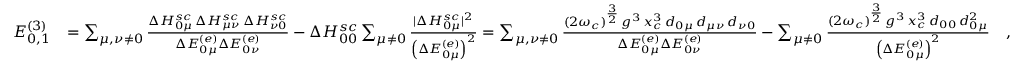
\begin{array} { r l } { E _ { 0 , 1 } ^ { ( 3 ) } } & { = \sum _ { \mu , \nu \neq 0 } \frac { \Delta H _ { 0 \mu } ^ { s c } \, \Delta H _ { \mu \nu } ^ { s c } \, \Delta H _ { \nu 0 } ^ { s c } } { \Delta E _ { 0 \mu } ^ { ( e ) } \Delta E _ { 0 \nu } ^ { ( e ) } } - \Delta H _ { 0 0 } ^ { s c } \sum _ { \mu \neq 0 } \frac { \vert \Delta H _ { 0 \mu } ^ { s c } \vert ^ { 2 } } { \left( \Delta E _ { 0 \mu } ^ { ( e ) } \right) ^ { 2 } } = \sum _ { \mu , \nu \neq 0 } \frac { ( 2 \omega _ { c } ) ^ { \frac { 3 } { 2 } } \, g ^ { 3 } \, x _ { c } ^ { 3 } \, d _ { 0 \mu } \, d _ { \mu \nu } \, d _ { \nu 0 } } { \Delta E _ { 0 \mu } ^ { ( e ) } \Delta E _ { 0 \nu } ^ { ( e ) } } - \sum _ { \mu \neq 0 } \frac { ( 2 \omega _ { c } ) ^ { \frac { 3 } { 2 } } \, g ^ { 3 } \, x _ { c } ^ { 3 } \, d _ { 0 0 } \, d _ { 0 \mu } ^ { 2 } } { \left( \Delta E _ { 0 \mu } ^ { ( e ) } \right) ^ { 2 } } \quad , } \end{array}